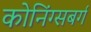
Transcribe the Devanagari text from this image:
कोनिंग्सबर्ग